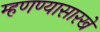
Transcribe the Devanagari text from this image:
म्हणण्यासारखे